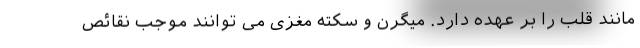
مانند قلب را بر عهده دارد. میگرن و سکته مغزی می توانند موجب نقائص